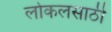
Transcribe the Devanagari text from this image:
लोकलसाठी